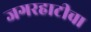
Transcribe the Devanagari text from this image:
जगरहाटीचा